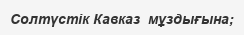
Солтүстік Кавказ  мұздығына;